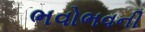
ભવોભવની